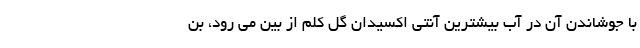
با جوشاندن آن در آب بیشترین آنتی اکسیدان گل کلم از بین می رود، بن